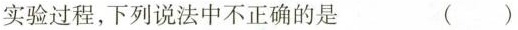
实验过程，下列说法中不正确的是 （）